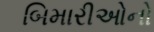
બિમારીઓનો